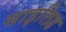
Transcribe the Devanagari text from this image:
साइलिड